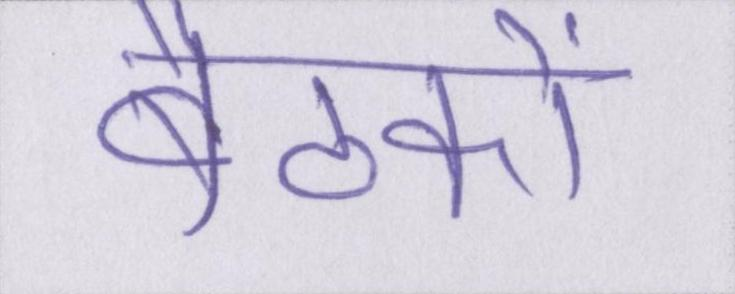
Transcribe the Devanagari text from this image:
बैठकों